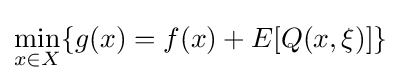
\min \limits _{x\in X}\{g(x)=f(x)+E[Q(x,\xi )]\}